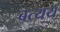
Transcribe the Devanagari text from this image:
बत्यय